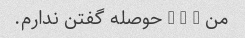
من - - - حوصله گفتن ندارم.